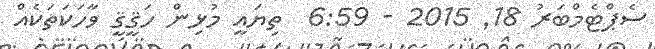
ސެޕްޓެމްބަރު 18